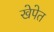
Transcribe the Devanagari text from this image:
खेपेत